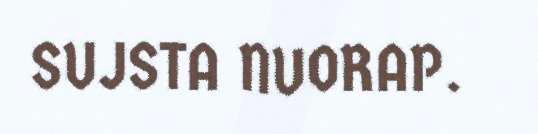
SUJSTA NUORAP.